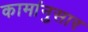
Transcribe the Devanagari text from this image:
कामांनुसार